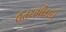
ઉતરાધીકારી